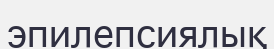
эпилепсиялық